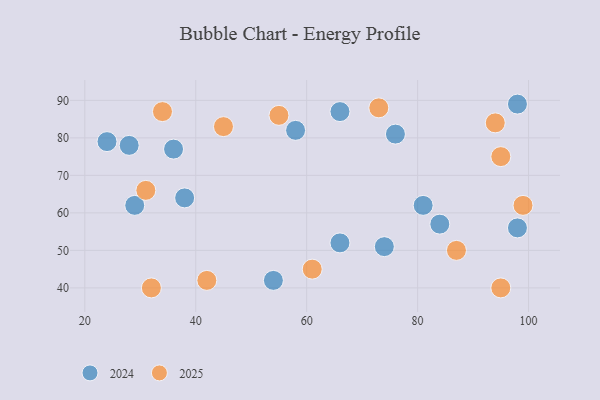
{"axis": {"x": "GDP", "y": "Life Expectancy"}, "legend": ["2024", "2025"], "data": [{"x": "55", "y": 86, "type": "2025"}, {"x": "32", "y": 40, "type": "2025"}, {"x": "87", "y": 50, "type": "2025"}, {"x": "31", "y": 66, "type": "2025"}, {"x": "34", "y": 87, "type": "2025"}, {"x": "95", "y": 40, "type": "2025"}, {"x": "45", "y": 83, "type": "2025"}, {"x": "94", "y": 84, "type": "2025"}, {"x": "99", "y": 62, "type": "2025"}, {"x": "61", "y": 45, "type": "2025"}, {"x": "95", "y": 75, "type": "2025"}, {"x": "73", "y": 88, "type": "2025"}, {"x": "42", "y": 42, "type": "2025"}, {"x": "38", "y": 64, "type": "2024"}, {"x": "28", "y": 78, "type": "2024"}, {"x": "58", "y": 82, "type": "2024"}, {"x": "98", "y": 89, "type": "2024"}, {"x": "76", "y": 81, "type": "2024"}, {"x": "29", "y": 62, "type": "2024"}, {"x": "36", "y": 77, "type": "2024"}, {"x": "66", "y": 52, "type": "2024"}, {"x": "24", "y": 79, "type": "2024"}, {"x": "84", "y": 57, "type": "2024"}, {"x": "74", "y": 51, "type": "2024"}, {"x": "66", "y": 87, "type": "2024"}, {"x": "54", "y": 42, "type": "2024"}, {"x": "98", "y": 56, "type": "2024"}, {"x": "81", "y": 62, "type": "2024"}]}